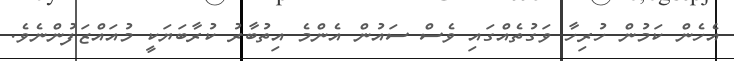
އެހެން ކަމުން ހުރިހާ ވަގުތެއްގައި ވެސް ސައުން އެންމެ އިތުބާރު ކުރާބަޔަކީ މުއައްޒަފުންނެވެ.